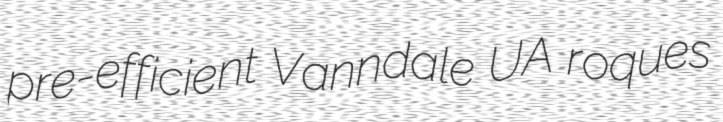
pre-efficient Vanndale UA roques